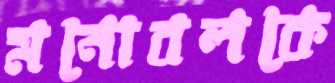
মনোবলকে